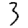
Digit: 3